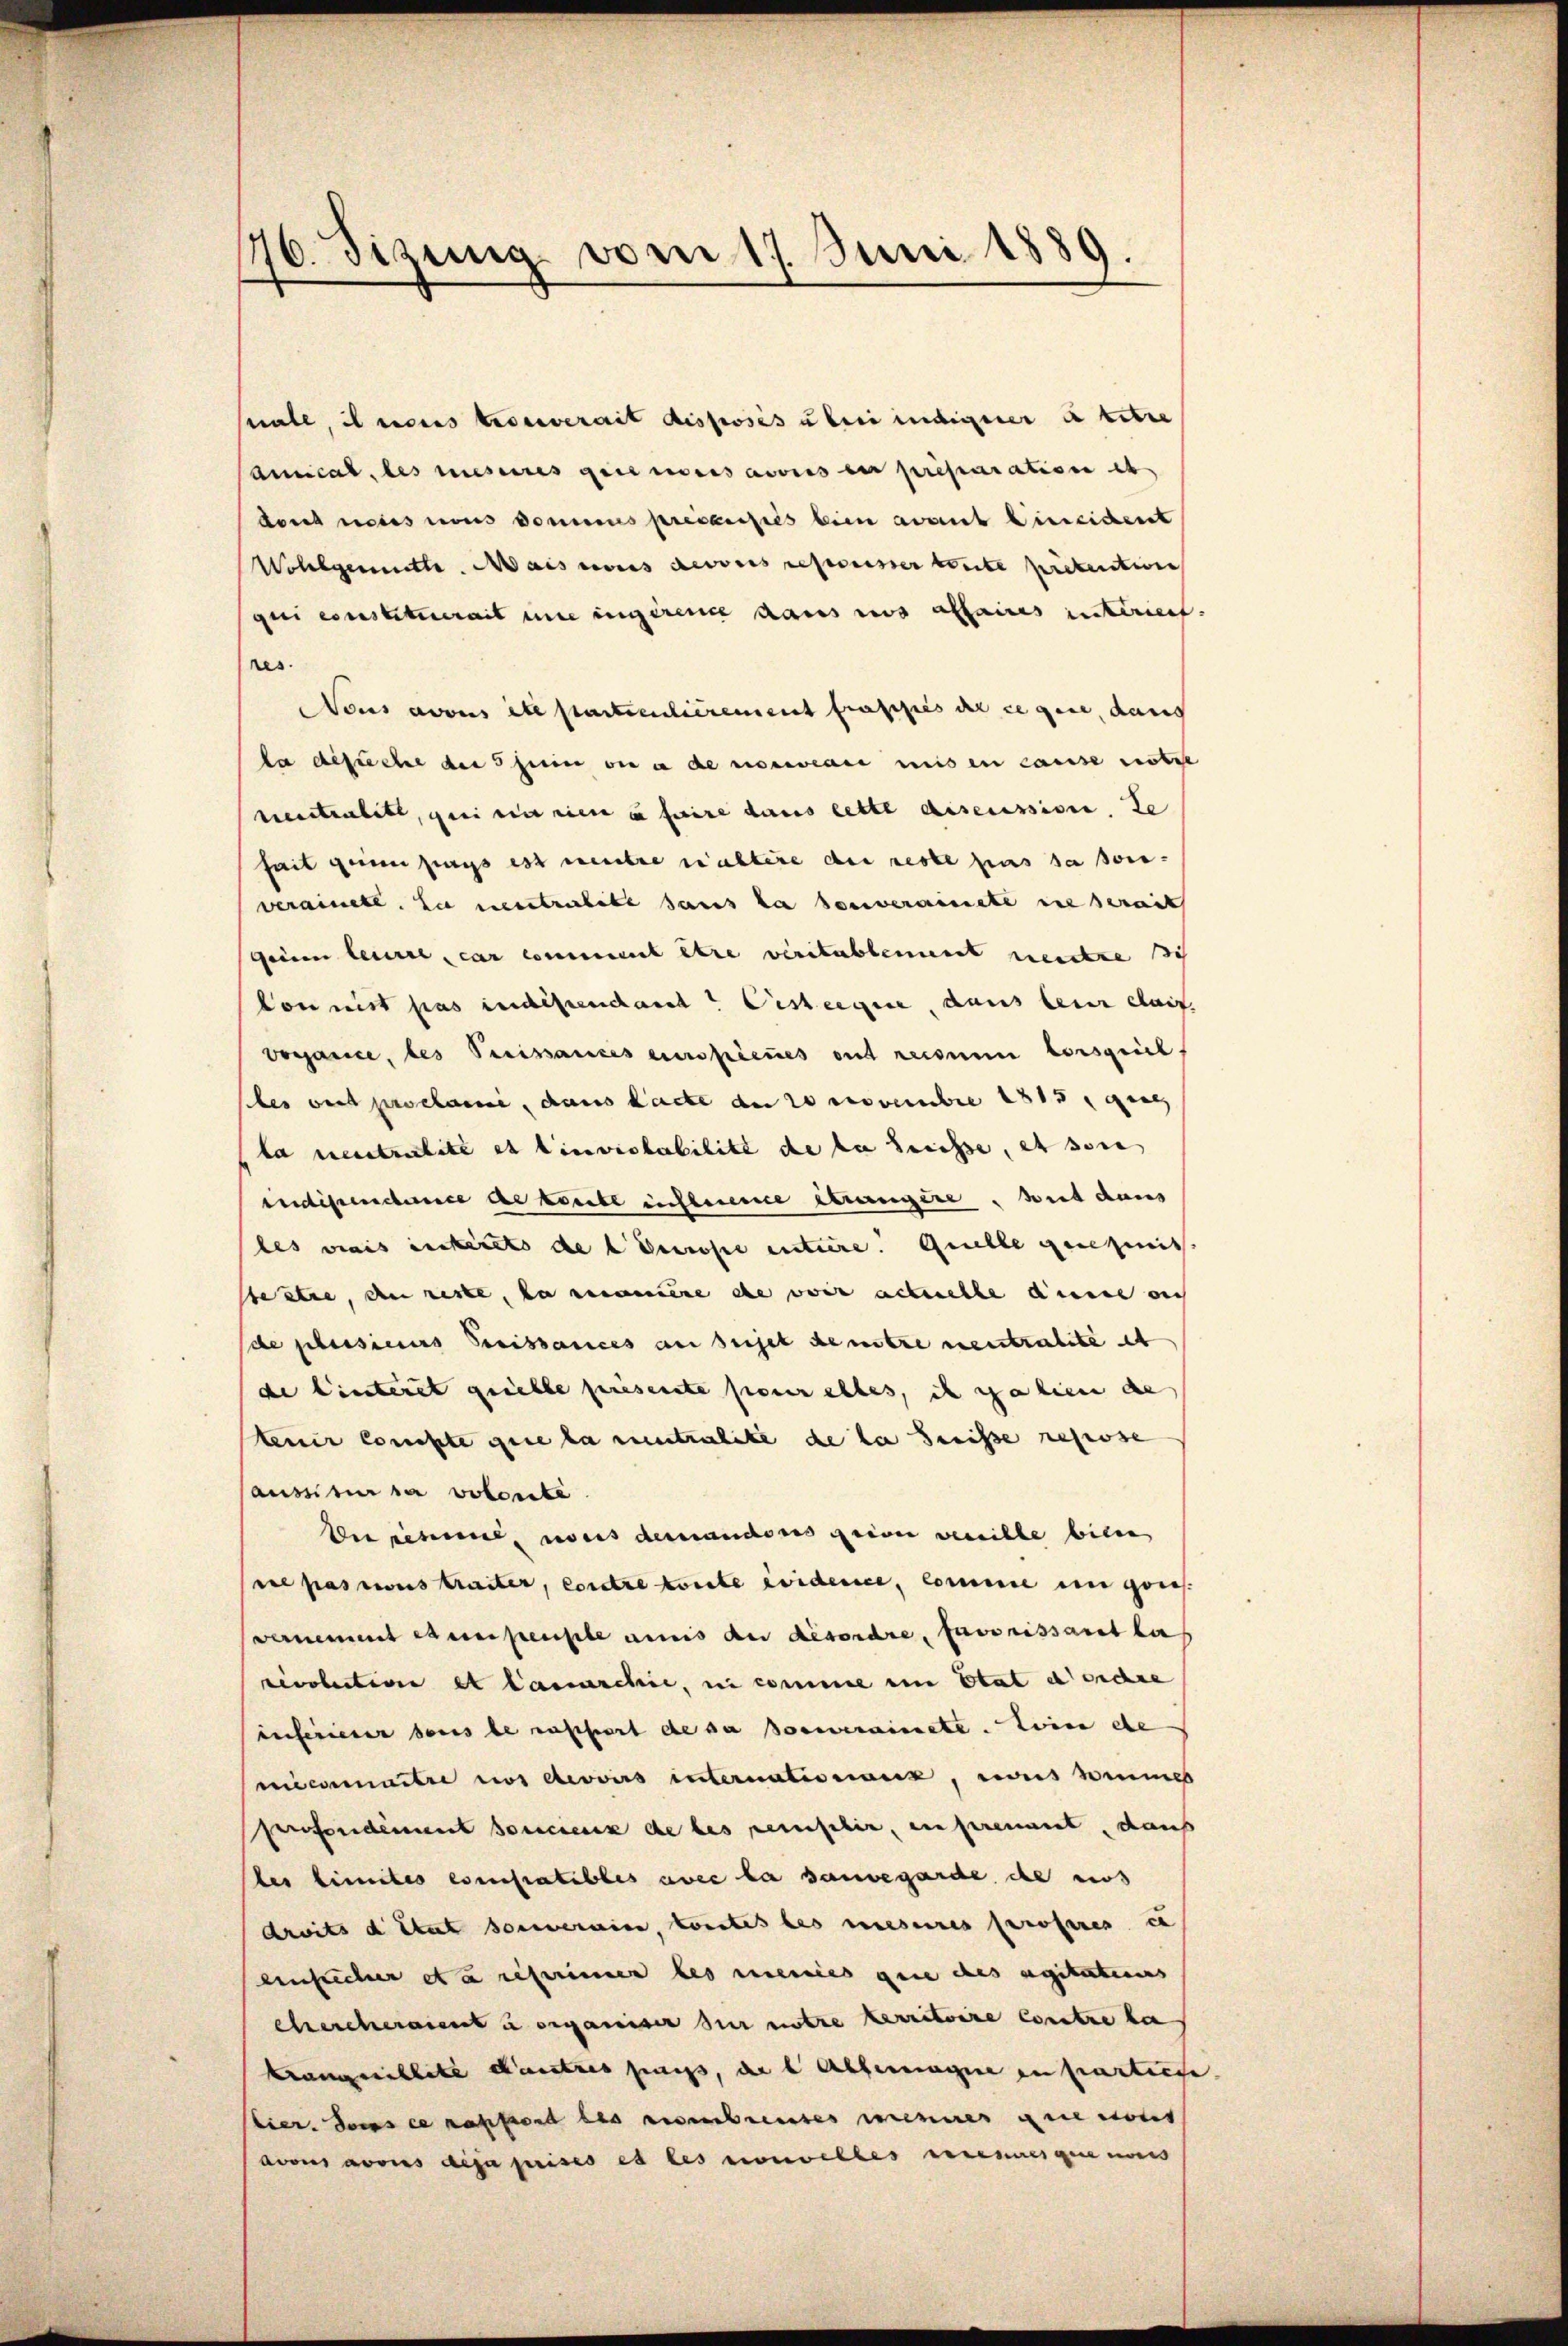
176. Sizung vom 17. Juni 1889.

Male, il neues trouverait disposes über indiger in betre
Ausical, des mesures gerendesavouis en préparation eb
dons neues nous domines précauses bien avant hineident
Wollgemutte. Mais aus devois represser toute prétention
gui constituerit eine innerende dass uns affaires interient
res.
Nous avous eite particulierement frappes de ce qui, danch
la gesuche der sein die e de nouveau mis en cause notie
rentenbett, sei ein ein e faire dans cette discussion, te
heit genen sings est entre nachtere der reste pas sa son
verainete. Sie vertreite sans la souverainete in serait
geinen leurte car comment être veritablement neuere sch
Conmit pas indescendant Oesteigene, dans leur caus
Vorance, des Preissances einspieues ont reisin Consprich
bes et proclame, dans lacte an 20 Novembre 1815, ging
ta neutralité et linviolabilité de la Suisse, et son
indisenscherence de konnte instierce étrangère, wie dans
les viais interets de leurope entiere. Quelle genehmit
stestie, den reste, da maniere de vor actuelle annes auch
de plusieurs Preissances au sujet de mitre neutralite et
de Einteret geselbe presente pour alles, ich salien de
tenir compte que la neutralite de la senisse reprose
aussitur sa volonte
Dersehen, weis demanderes seiner vereiche bien
de passions traiter, contre konnte evidence, comme in gries
vernement exemperple annis der Besordre, Faverissant la
cecobuction et lasschie, in comme ein Etat de sechse
inferieser dans le rapfert de sa souverainete. Leine ebe
vieconnaitre nos devoirs internatisswir, es nimms
Prefordement souceux de les remischer, en prement, dans
les limites existatibles avec la sauvegarde ehe nos
droits d Etat souverain, konntes des mesures Profeses in
einsicher etc referinner les meines gene des agitatenens
chercheraient u erganiser hier notre territoire contre be
trangenblite Kautres fangs, der l. Abermage in partirte
bier. Dans ce nassend des eisenbrentes eines genoss
avous avois des prises es des vonelles eineneigen aus